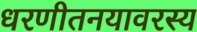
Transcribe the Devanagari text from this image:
धरणीतनयावरस्य